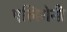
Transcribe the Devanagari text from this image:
एलिगेनी